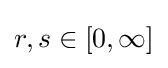
{\textstyle r,s\in [0,\infty ]}